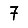
Digit: 7